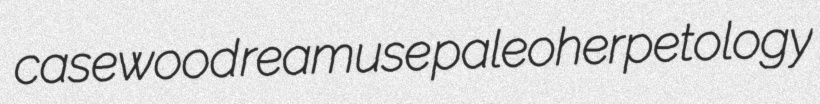
casewood reamuse paleoherpetology